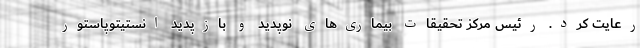
رعایت کرد. رئیس مرکز تحقیقات بیماری‌های نوپدید و بازپدید انستیتوپاستور